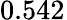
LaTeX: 0.542^{}